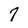
Character: 7